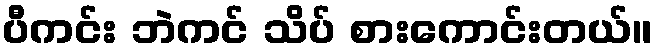
ပီကင်း ဘဲကင် သိပ် စားကောင်းတယ်။